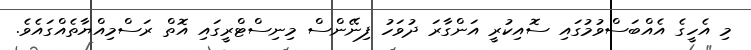
މި އެހީގެ އެއްބަސްވުމުގައި ސޮއިކުރީ އަންގާރަ ދުވަހު ފިނޭންސް މިނިސްޓްރީގައި އޮތް ރަސްމިއްޔާތެއްގައެވެ.